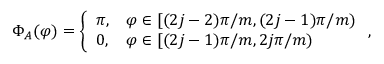
\Phi _ { A } ( \varphi ) = \left\{ \begin{array} { l l } { \pi , } & { \varphi \in [ ( 2 j - 2 ) \pi / m , ( 2 j - 1 ) \pi / m ) } \\ { 0 , } & { \varphi \in [ ( 2 j - 1 ) \pi / m , 2 j \pi / m ) } \end{array} \right. ,